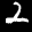
Label: 2